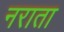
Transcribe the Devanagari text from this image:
नराता